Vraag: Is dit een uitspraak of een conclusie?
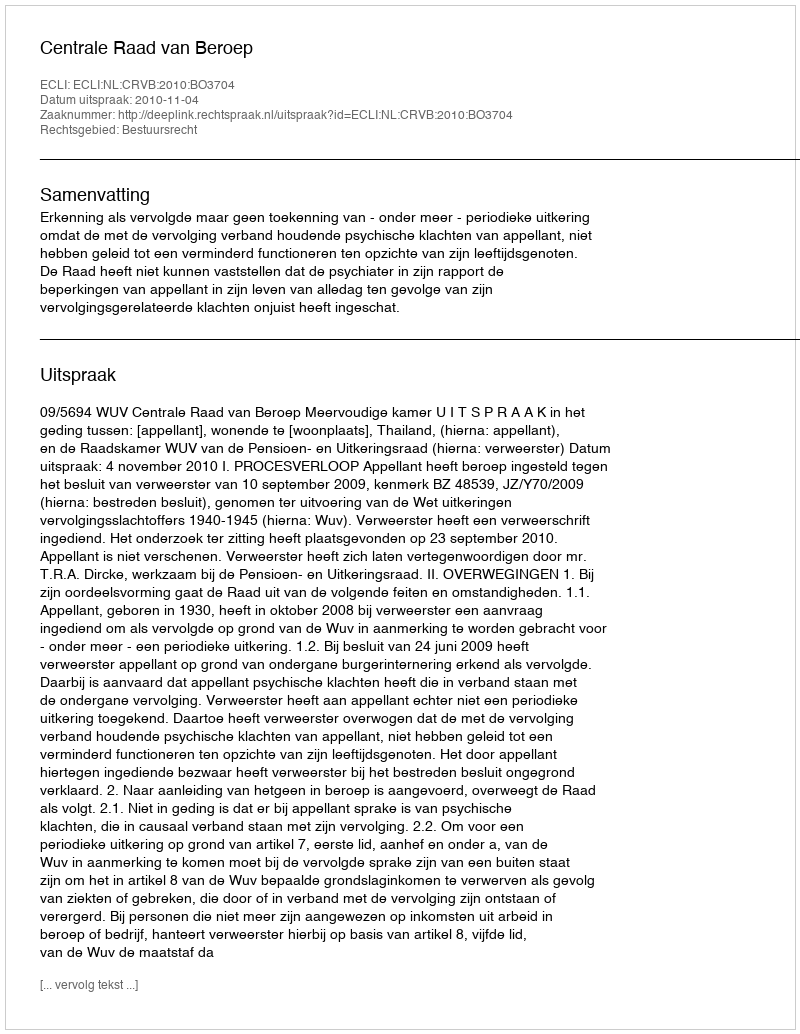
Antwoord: Uitspraak